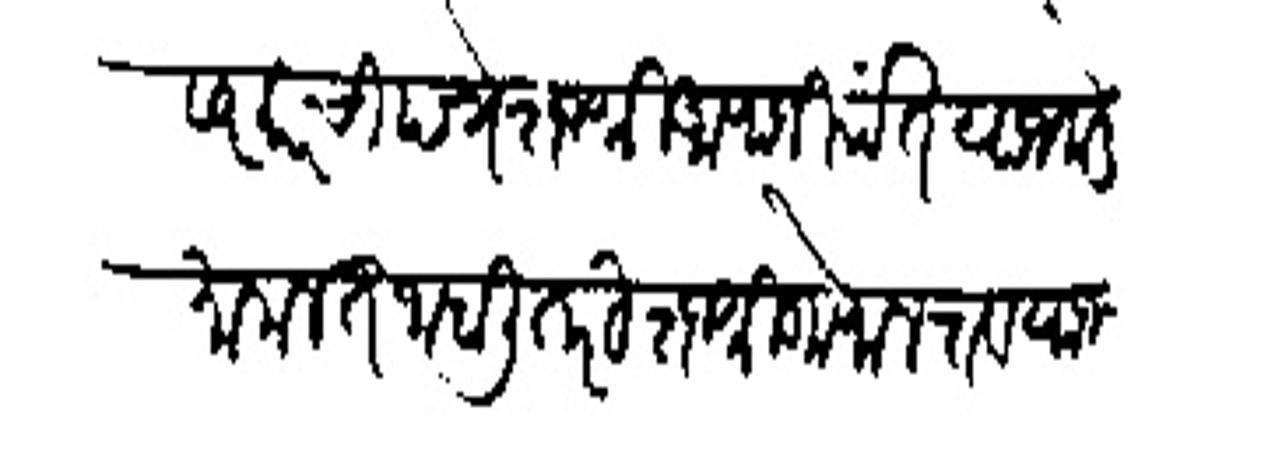
Transliteration (Devanagari): सरकारची पत्रे राजी आपाजीपंत याजकडे मामलत जाहाली तरी राजश्री गोपालराव याजला